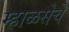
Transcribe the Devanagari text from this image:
म्हाळसेचे